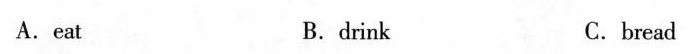
A.eat B.drink C.bread